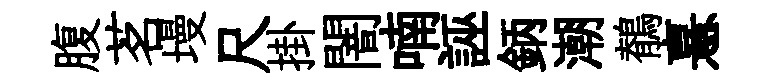
腹茗墁尺掛闇喃誣鈵潮鶺憙